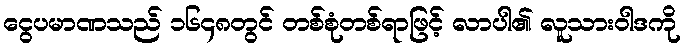
ငွေပမာဏသည် ၁၆၄၈တွင် တစ်စုံတစ်ရာဖြင့် လာပါ၏ လူသားဝါဒကို